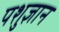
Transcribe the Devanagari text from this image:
पशुज्ञान